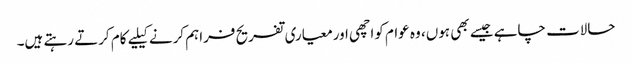
حالات چاہے جیسے بھی ہوں، وہ عوام کواچھی اورمعیاری تفریح فراہم کرنے کیلیے کام کرتے رہتے ہیں۔